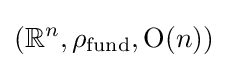
(\mathbb {R} ^{n},\rho _{\text{fund}},{\text{O}}(n))